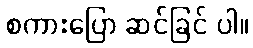
စကားပြော ဆင်ခြင် ပါ။